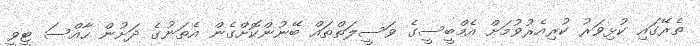
ތެރޭގައި ކުޅިވަރު ކުރިއެރުވުމަށް އެމްބީސީގެ ވަސީލަތްތައް ބޭނުންކޮށްގެން އެތަނުގެ ދަށުން ހާއްސަ ޓީވީ